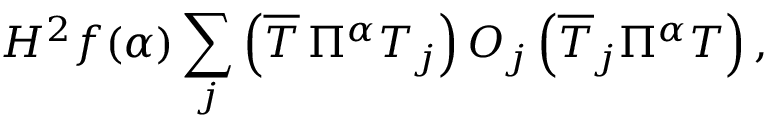
{ \cal H } ^ { 2 } f ( \alpha ) \sum _ { j } \left( \overline { { { T } } } \, \Pi ^ { \alpha } T _ { j } \right) { \cal O } _ { j } \left( \overline { { { T } } } _ { j } \Pi ^ { \alpha } T \right) ,